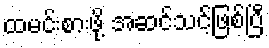
ထမင်းစားဖို့ အဆင်သင့်ဖြစ်ပြီ